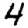
Digit: 4